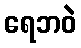
ရေဘဝဲ